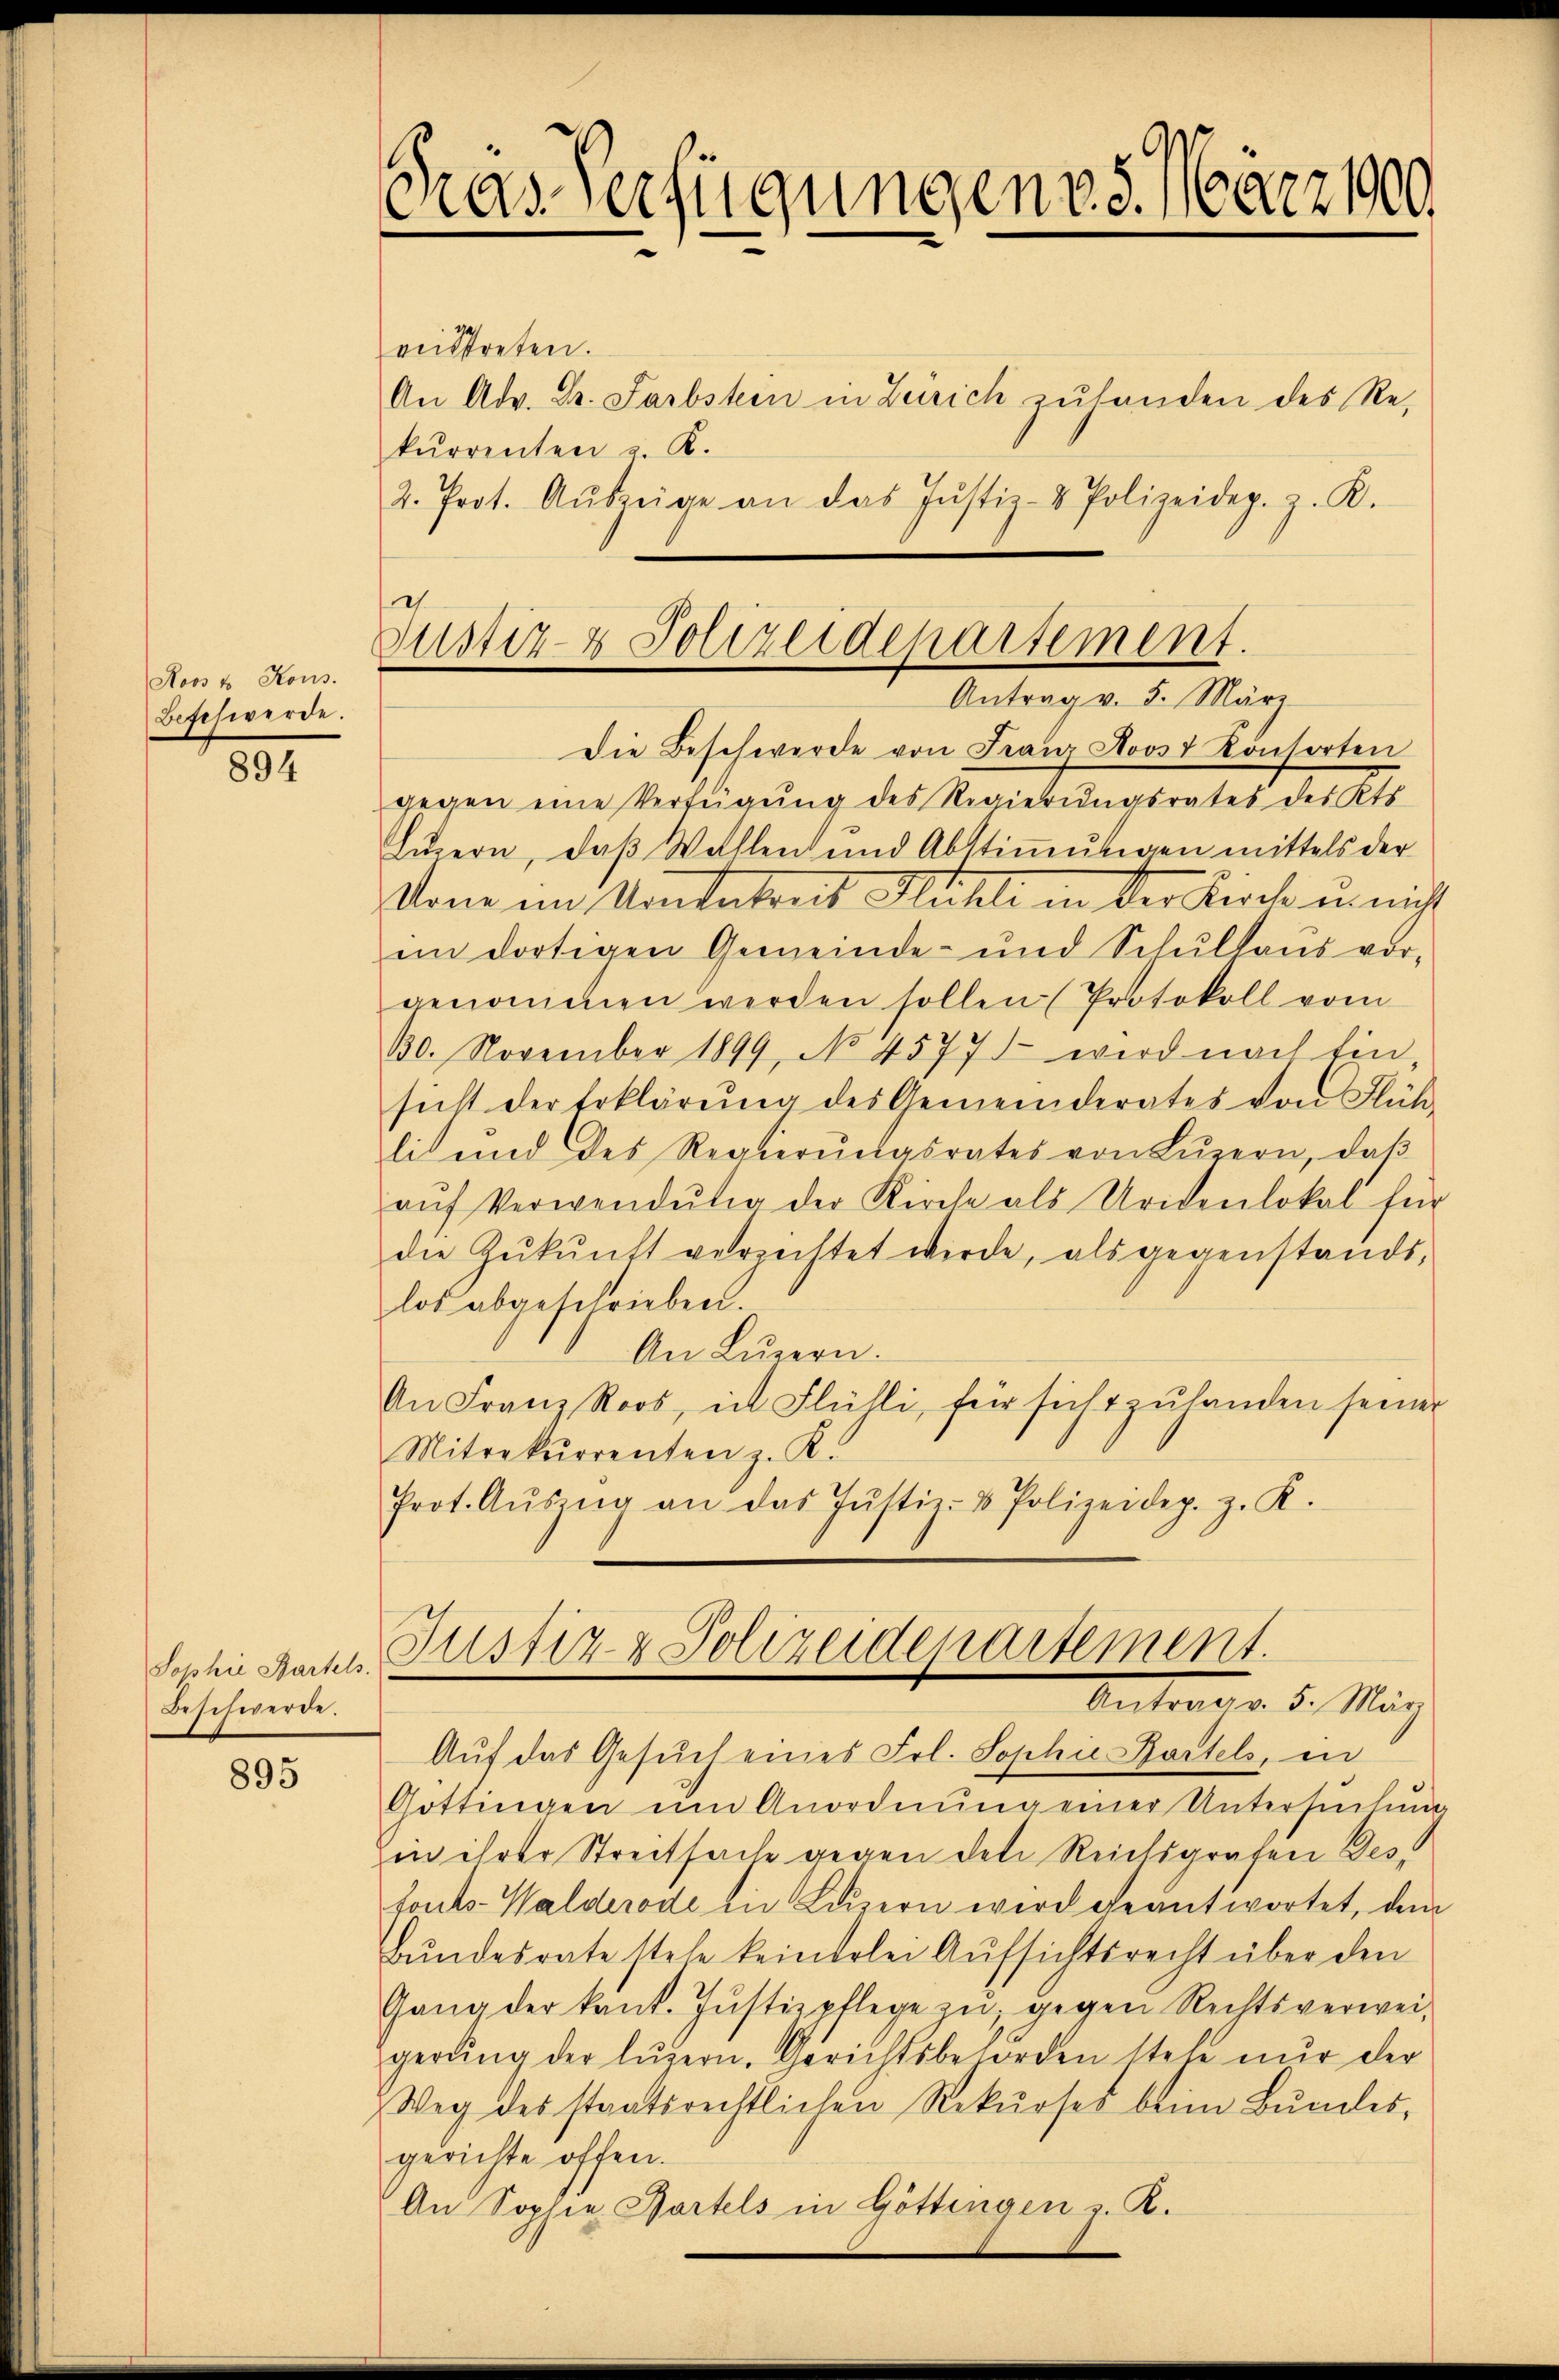
Noos u Kons.
Beschwerde.

894

Sophie Kartels.
Beschwerde.

895

.
Das Verfügungen v. 5. März 1900.

veitstreten.
An Adv. Dr. Farbstern in Zürich zulanden des Rekurrenten u. K.
2. Prot. Aŭszeige an das Justiz- & Polizeidep. z. K.

Justiz- & Polizeidepartement.
Antrag v. 5. März

Die Beschwerde von Franz Roost Kontorten
gegen eine Verfügung des Regierungsrates des Kts.
Lŭzern, daβ Wohlen und Abstiṁŭngen mittels der
Done im Kontatoris Mühle in der Kirche u. nicht
im dortigen Gemeinde- und Schŭlhaŭs vor-
genommen werden sollen (Protokoll vom
30. November 1899, No 4577) wird nach Ein-
sicht der Erklärŭng des Gemeinderates von Flüh-
li und des Regierŭngsrates von Lŭzern, daß
aŭf Verwendŭng der Kirche als Uridenlokal für
die Zŭkŭnft verzichtet werde, als gegenstands,
los abgeschrieben.
An Lŭzern.
An Franz Roos, in Flühli, für sicht zŭ handen seiner
Mitrekurrenten z. R.
Prot. Aŭszŭg an das Jŭstiz- & Polizeidep. z. K.

Justiz- & Polizeidenartement.
Antrag v. 5. May

Aŭf das Gesŭch eines Frl. Sophie Kartels, in
Göttingen ŭm Anordnŭng einer Untersŭchŭng
in ihrer Streitsache gegen den Reichsgrafen Desfouts-Walderode in Luzern wird geantwortet, dem
bŭndesrate stehe keinerlei Aŭfsichtsrecht über den
Gang der kant. Jŭstizpflege zŭ gegen Rechtsverwei-
gerŭng der Lŭzern. Gerichtsbehörden stehe nur der
Weg des staatsrechtlichen Rekŭrses beim Bŭndes-
gerichte offen.
An Sophie Gartels in Göttingen v. R.